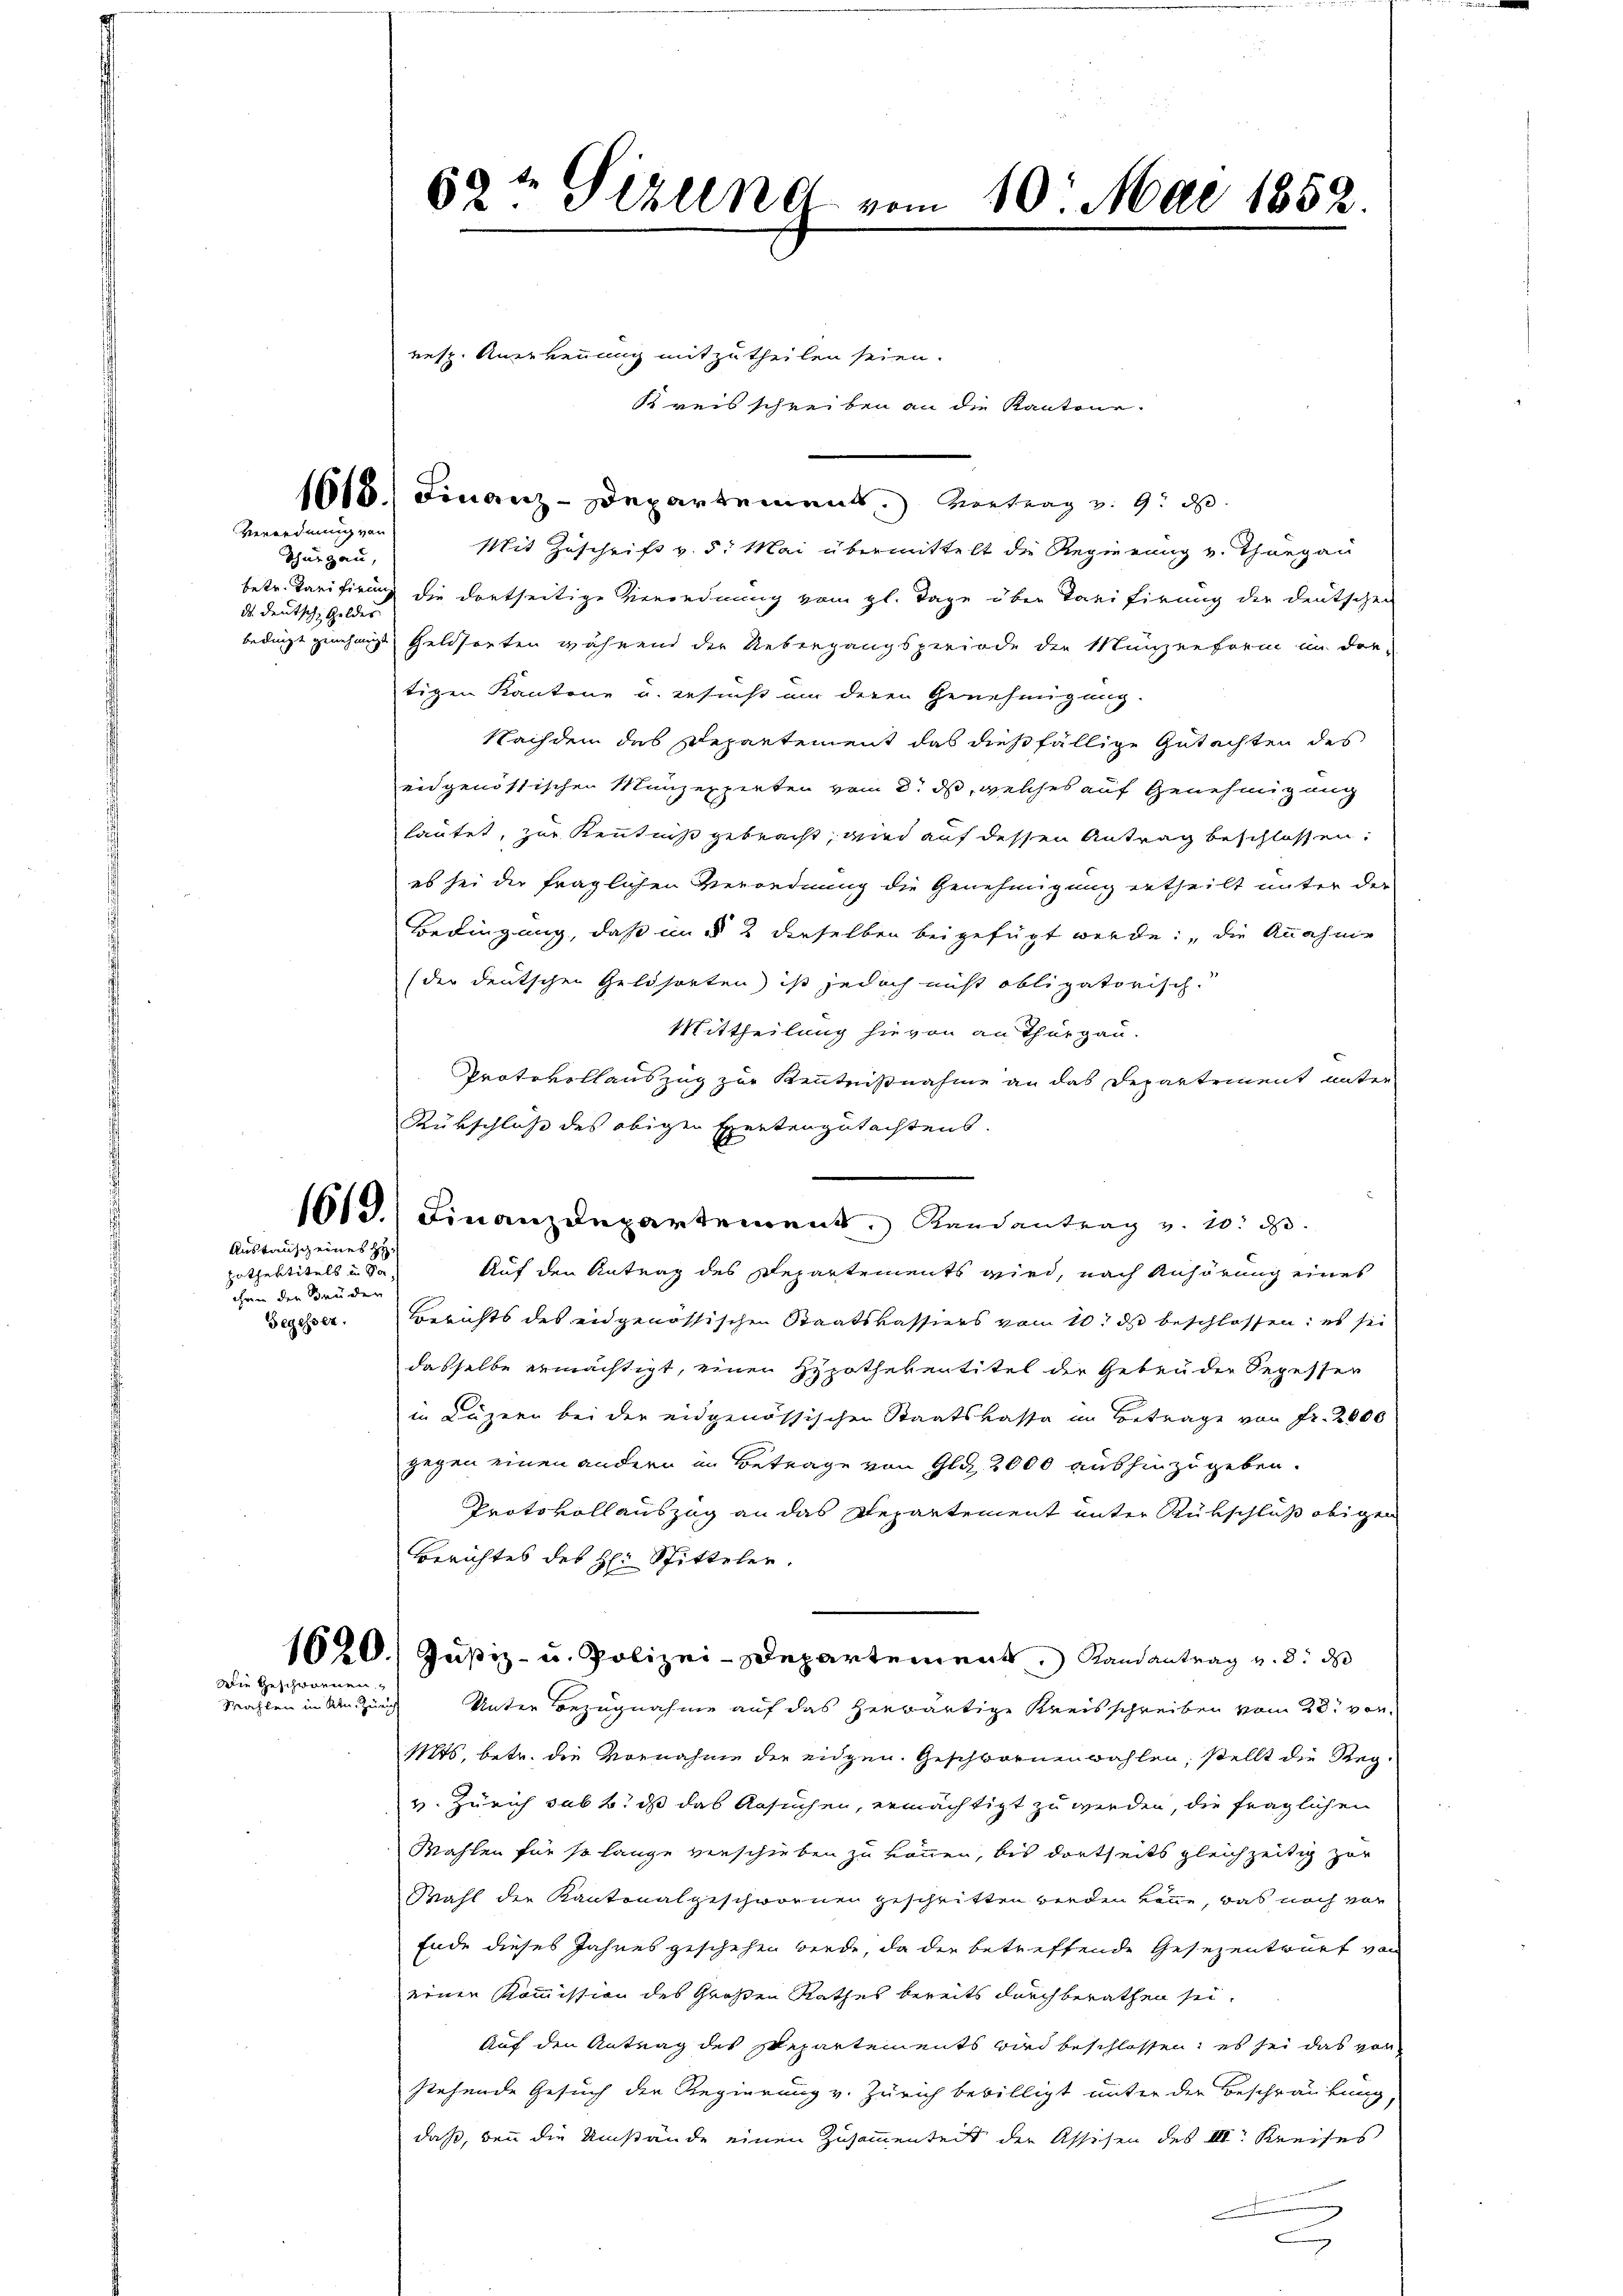
Verordnung von

Thurgau,
ds deutsche Geldes |

pothentitels u. Sa
ihren den Bruden

Austauscheines

resp. Anerkennung mitzutheilen seien.
Kreisschreiben an die Kantone.
1618. Finanz-Departement entrag v. 9. d.
Mit Zuschrift v. 5. Mai übermittelt die Regierung v. Thurgau
betr. Tarifirung die dortseitige Verordnung vom gl. Tage über Tarifirung der deutschen
bedingt genehmige Geldsorten während der Uebergangsperiode der Münzenform in der-
tigen Kantone u. ersucht um deren Genehmigung.
Nachdem des Repartement das dießfällige Gutachten des
eidgenössischen Münzexpieten vom 2. ds, welches auf Genehmigung
hautet, zur Kenntniß gebracht, wird auf dessen Antrag beschlossen:
es sei der fraglichen Verordnung die Genehmigung ertheilt unter der
Bedingung, daß in § 2 derselben beigefügt werde; die Annahme
(der deutschen Geldsorten) ist jedoch nicht obligatorisch
Mittheilung hievon an Thurgau.
Protokollauszug zur Kenntnißnahme an das Departement unter
Rübschluß des obigen Expertengutachtens.
1613.) Finanzdepartement. Randantrag v. 20. d.
Auf den Antrag des Departements wird, nach Anhörung eines
Segesser. Berichts des eidgenössischen Staatskassiers vom 10t ds beschlossen: es sei
dasselbe ermächtigt, einen Hypothekentitel der Geben der Segesser
in Luzern bei der eidgenössischen Staatskassa im Betrage von Fr. 2000
gegen einen andern in Betrage von Gla 2000 aushinzugeben.
Protokoll auszug an das Repartement unter Rückschluß obigen
Berichtes des H: Sitteler.
1620. Justiz- u. Polizei-Departement, Randantrag v. 8. ds
Unter Bezugnahme auf das herwärtige Kreisschreiben vom 20t von
Mts. betr. die Vornahme der eidgen. Geschwornenwahlen, stellt die Regv. Zürich sub b. daß das Ansuchen, ermächtigt zu werden, die fraglichen
Wahlen für so lange verschieben zu können, bis dortseits gleichzeitig zur
Wahl der Kantonalgeschwornen geschritten werden könne, was noch vor
Ende dieses Jahres geschehen werde, da der betreffende Gesezentwurf von
einen Kommission des Großen Rathes bereits durchberathen sei.
Auf den Antrag des Separtements wird beschlossen, es sei das von
stehende Gesuch der Regierung v. Zürich bewilligt unter der Beschränkung,
daß, den die Umstände einen Zusammenteilt der Assisen des III. Kreises
n

Wie geschwornen
Mahlen im Ktn. Zürich

62½ Pizlend vom 10. Mai 1852.